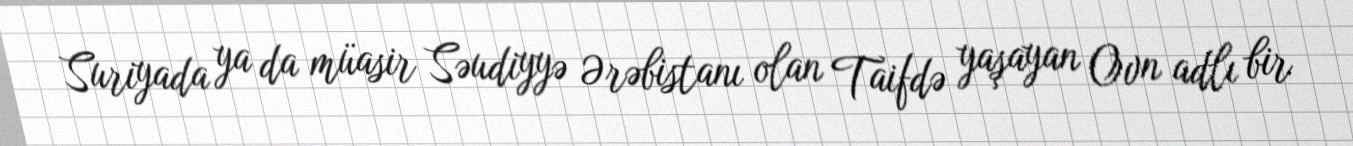
Suriyada ya da müasir Səudiyyə Ərəbistanı olan Taifdə yaşayan Ovn adlı bir